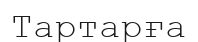
Тартарға